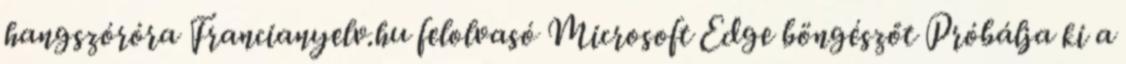
hangszóróra Francianyelv.hu felolvasó Microsoft Edge böngészőt Próbálja ki a